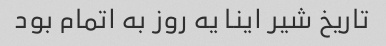
تاریخ شیر اینا یه روز به اتمام بود